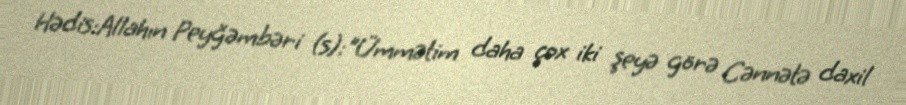
Hədis:Allahın Peyğəmbəri (s):"Ümmətim daha çox iki şeyə görə Cənnətə daxil